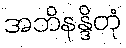
အဘိနန္ဒိတုံ